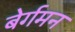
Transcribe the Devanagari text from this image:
बेर्गमन